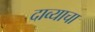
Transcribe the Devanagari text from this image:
दाव्याचा